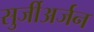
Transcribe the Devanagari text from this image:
सुर्जीअर्जन